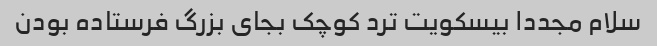
سلام مجددا بیسکویت ترد کوچک بجای بزرگ فرستاده بودن